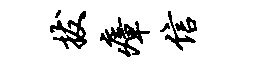
拔瘴信